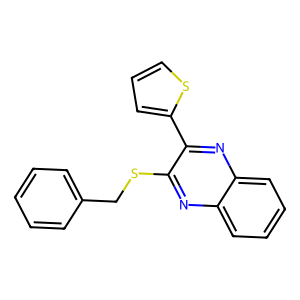
SMILES: c1ccc(CSc2nc3ccccc3nc2-c2cccs2)cc1
Inhibits HIV replication: No